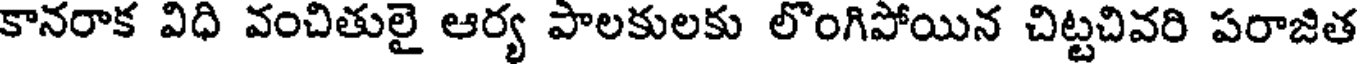
కానరాక విధి వంచితులై ఆర్య పాలకులకు లొంగిపోయిన చిట్టచివరి పరాజిత